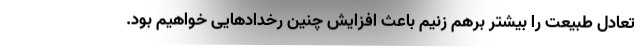
تعادل طبیعت را بیشتر برهم زنیم باعث افزایش چنین رخدادهایی خواهیم بود.